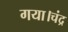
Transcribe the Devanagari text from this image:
गया।चंद्र